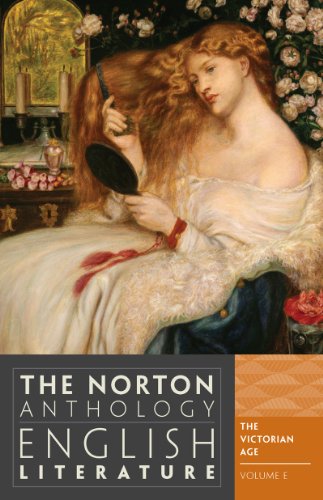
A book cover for The Norton Anthology of English Literature (Ninth Edition)  (Vol. E); M. H. Abrams; Literature & Fiction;